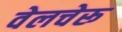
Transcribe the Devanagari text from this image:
वेलचेरू